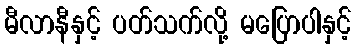
မီလာနီနှင့် ပတ်သက်လို့ မပြောပါနှင့်